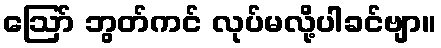
ဩော် ဘွတ်ကင် လုပ်မလို့ပါခင်ဗျာ။